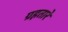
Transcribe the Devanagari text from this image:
ग्रहतारे